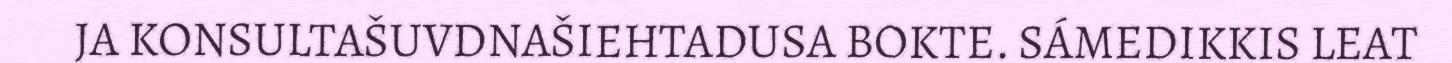
JA KONSULTAŠUVDNAŠIEHTADUSA BOKTE. SÁMEDIKKIS LEAT